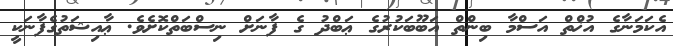
އެކަމަނާގެ އުޚްތް އަސްމާ ބިންތް އަބޫބަކުރުގެ ޢަބްދު ގެ ފާނަށް ނިސްބަތްކޮށެވެ. ޢާއިޝަތުގެފާނަކީ